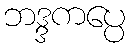
ဘဒ္ဒကပ္ပေ